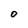
Character: 0